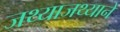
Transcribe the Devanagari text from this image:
जथ्याजथ्याने